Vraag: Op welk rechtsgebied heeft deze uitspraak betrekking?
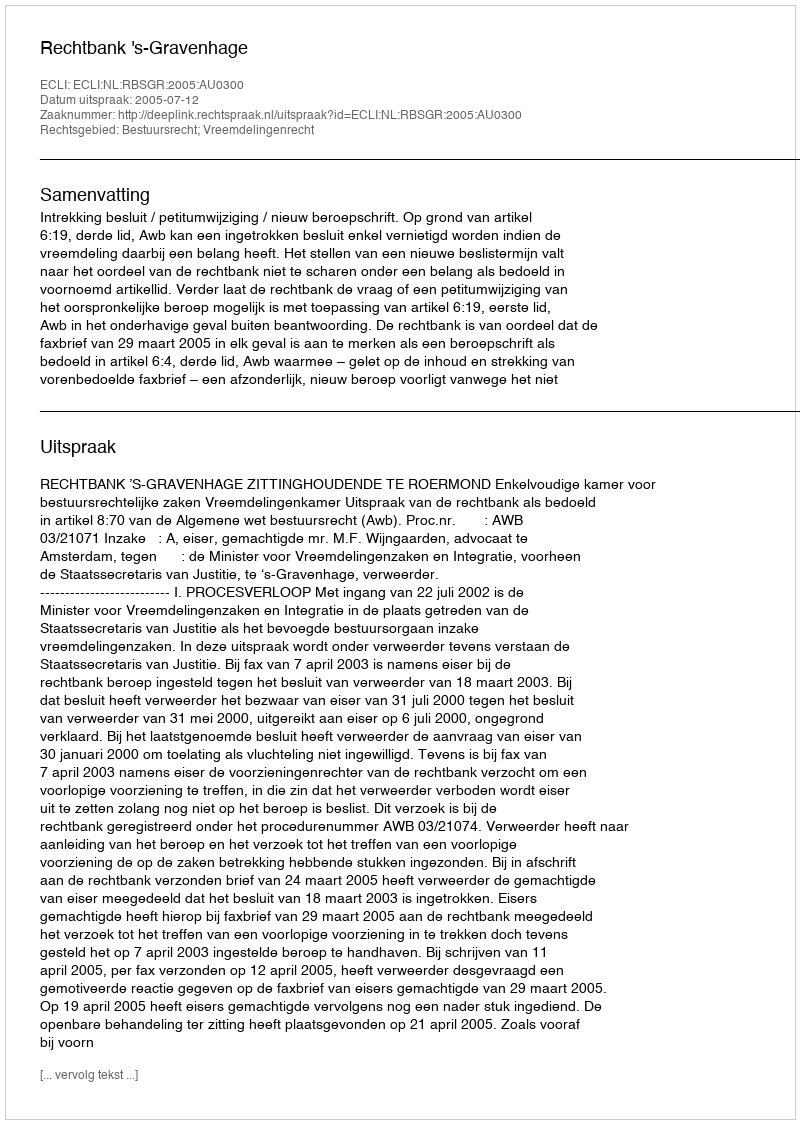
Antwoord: Bestuursrecht; Vreemdelingenrecht